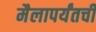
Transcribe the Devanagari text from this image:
मैलापर्यंतची